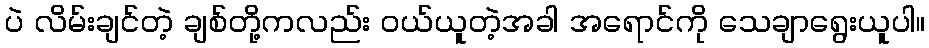
ပဲ လိမ်းချင်တဲ့ ချစ်တို့ကလည်း ဝယ်ယူတဲ့အခါ အရောင်ကို သေချာရွေးယူပါ။